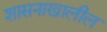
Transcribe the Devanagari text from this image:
शासनाखालील